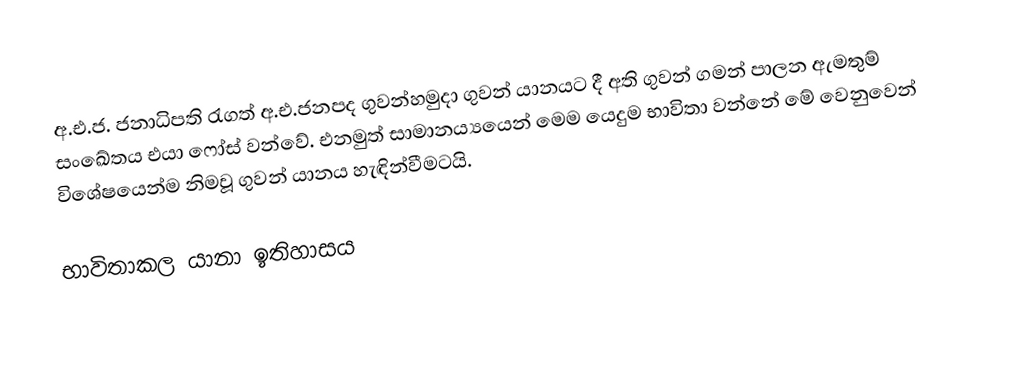
අ.එ.ජ. ජනාධිපති රැගත් අ.එ.ජනපද ගුවන්හමුදා ගුවන් යානයට දී අති ගුවන් ගමන් පාලන ඇමතුම් සංඛේතය එයා ෆෝස් වන්වේ. එනමුත් සාමානය්‍යයෙන් මෙම යෙදුම භාවිතා වන්නේ මේ වෙනුවෙන් විශේෂයෙන්ම නිමවූ ගුවන් යානය හැඳින්වීමටයි.

භාවිතාකල යානා ඉතිහාසය